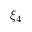
\xi _ { 4 }